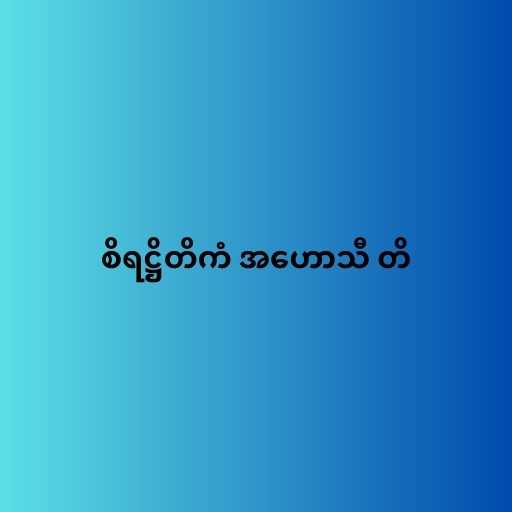
စိရဋ္ဌိတိကံ အဟောသီ တိ